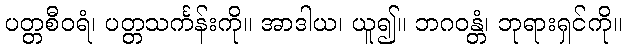
ပတ္တစီဝရံ၊ ပတ္တသင်္ကန်းကို။ အာဒါယ၊ ယူ၍။ ဘဂဝန္တံ၊ ဘုရားရှင်ကို။